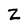
Character: Z